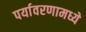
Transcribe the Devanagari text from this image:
पर्यावरणामध्ये